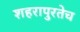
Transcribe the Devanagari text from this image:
शहरापुरतेच